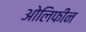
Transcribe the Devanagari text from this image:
ओलिफीन